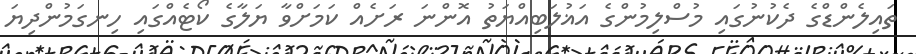
ތައިލެންޑްގެ ދެކުނުގައި މުސްލިމުންގެ އަޣުލަބިއްޔަތު އޮންނަ ރަށެއް ކަމަށްވާ ޔަލާގެ ކޯޓެއްގައި ހިނގަމުންދިޔަ